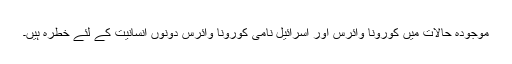
موجودہ حالات میں کورونا وائرس اور اسرائیل نامی کورونا وائرس دونوں انسانیت کے لئے خطرہ ہیں۔